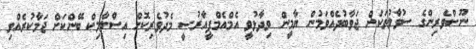
ނޫސްވެރިންގެ ސުވާލުތަކަށް ޖަވާބުދެއްވަމުން ޔާމީން ވިދާޅުވީ އެމްއެމްޕީއާރުސީ މެދުވެރިކޮށް އިސްލާމިކް ބޭންކަށް ޖަމާކުރެއްވި